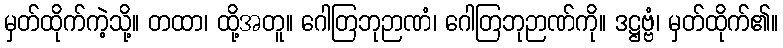
မှတ်ထိုက်ကဲ့သို့။ တထာ၊ ထို့အတူ။ ဂေါတြဘုဉာဏံ၊ ဂေါတြဘုဉာဏ်ကို။ ဒဋ္ဌဗ္ဗံ၊ မှတ်ထိုက်၏။